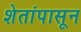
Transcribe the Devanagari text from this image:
शेतांपासून